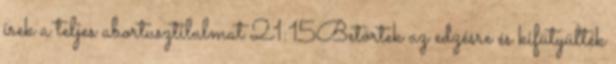
írek a teljes abortusztilalmat 21:15Betörtek az edzésre és kifütyülték